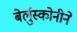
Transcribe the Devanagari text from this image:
बेर्लुस्कोनीने